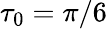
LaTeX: \tau_{0}=\pi/6